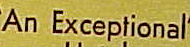
An Exceptional